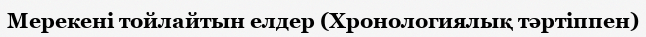
Мерекені тойлайтын елдер (Хронологиялық тәртіппен)